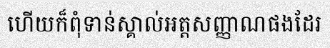
ហើយក៏ពុំទាន់ស្គាល់អត្តសញ្ញាណផងដែរ